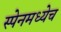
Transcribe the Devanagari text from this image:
स्पेनमध्येच